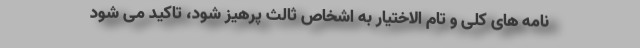
نامه ­های کلی و تام الاختیار به اشخاص ثالث پرهیز شود، تاکید می شود